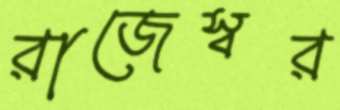
রাজেস্বর